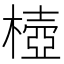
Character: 㯛